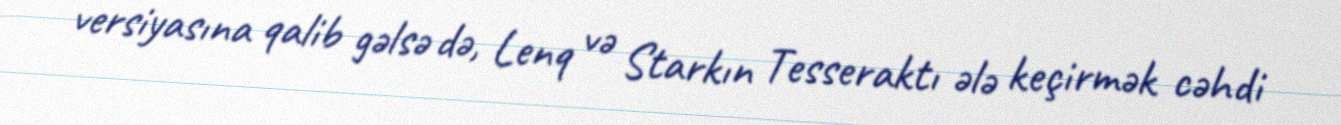
versiyasına qalib gəlsə də, Lenq və Starkın Tesseraktı ələ keçirmək cəhdi